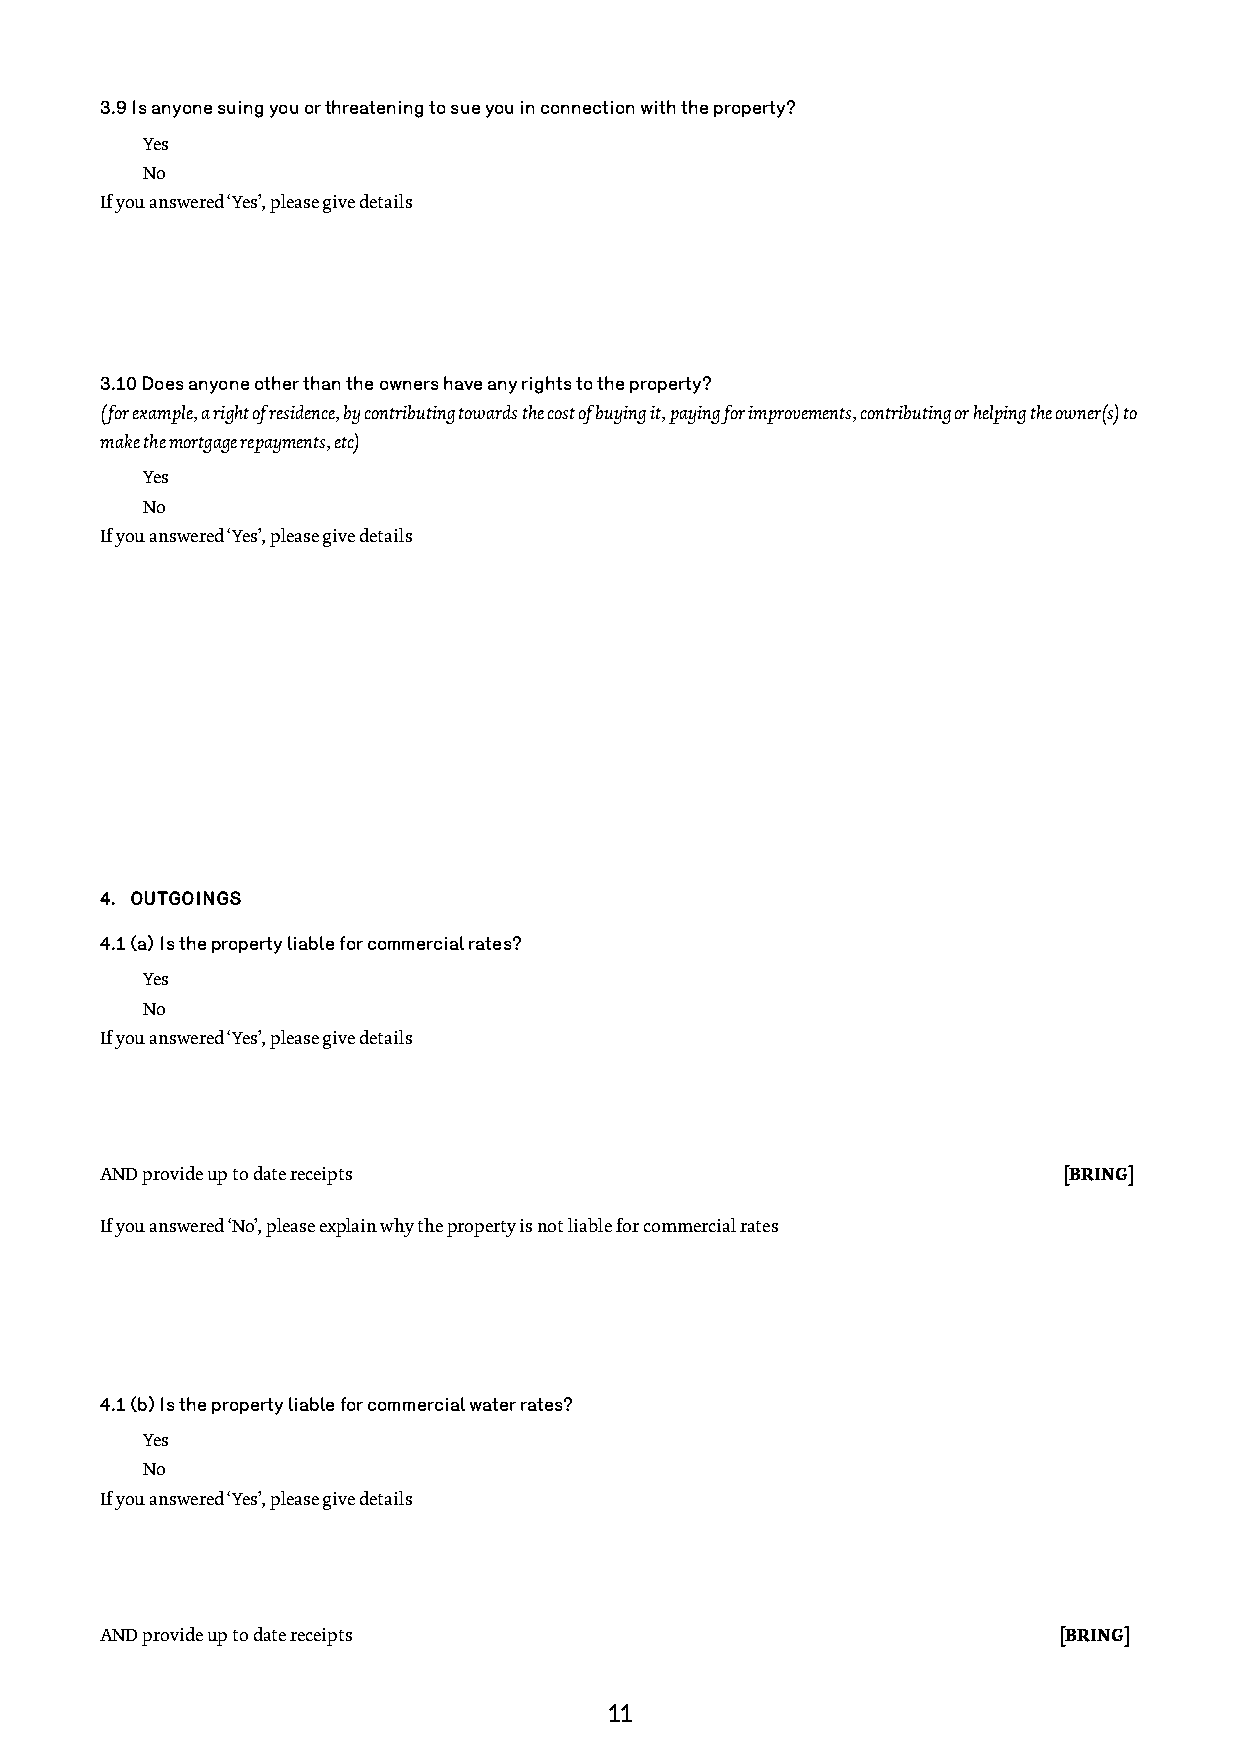
3.9 Is anyone suing you or threatening to sue you in connection with the property?
 Yes
 No
 If you answered ‘Yes’, please give details
 3.10 Does anyone other than the owners have any rights to the property?
 (for example, a right of residence, by contributing towards the cost of buying it, paying for improvements, contributing or helping the owner(s) to
 make the mortgage repayments, etc)
 Yes
 No
 If you answered ‘Yes’, please give details
 4. OUTGOINGS
 4.1 (a) Is the property liable for commercial rates?
 Yes
 No
 If you answered ‘Yes’, please give details
 AND provide up to date receipts                                [BRING]
 If you answered ‘No’, please explain why the property is not liable for commercial rates
 4.1 (b) Is the property liable for commercial water rates?
 Yes
 No
 If you answered ‘Yes’, please give details
 AND provide up to date receipts                                [BRING]
 11